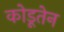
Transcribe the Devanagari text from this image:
कोडूतेन